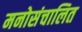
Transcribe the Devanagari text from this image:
मनोसंचालित